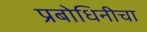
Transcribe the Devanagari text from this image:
प्रबोधिनीचा